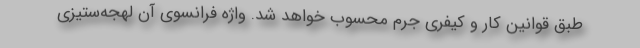
طبق قوانین کار و کیفری جرم محسوب خواهد شد. واژه فرانسوی آن لهجه‌ستیزی